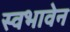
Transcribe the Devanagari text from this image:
स्वभावेन